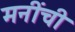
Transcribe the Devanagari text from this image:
मनींची